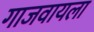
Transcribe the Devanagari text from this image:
गाजवायला